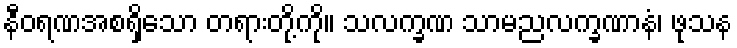
နီဝရဏအစရှိသော တရားတို့ကို။ သလက္ခဏ သာမညလက္ခဏာနံ၊ ဖုသန